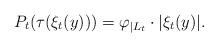
LaTeX: \begin{align*}P_{t} (\tau (\xi_t(y))) = \varphi_{|L_t}\cdot | \xi_t (y)|.\end{align*}